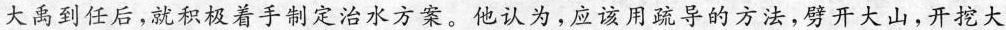
大禹到任后，就积极着手制定治水方案。他认为，应该用疏导的方法，劈开大山，开挖大